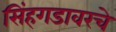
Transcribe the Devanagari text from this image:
सिंहगडावरचे